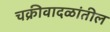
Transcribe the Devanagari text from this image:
चक्रीवादळांतील